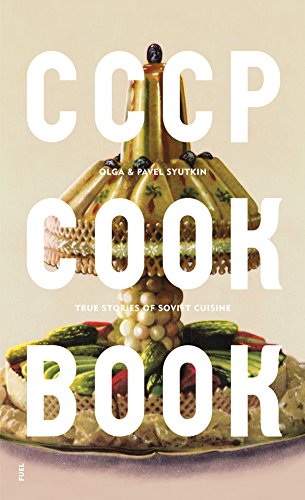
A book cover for CCCP COOK BOOK: True Stories of Soviet Cuisine; Olga Syutkin; Humor & Entertainment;